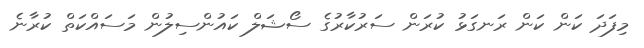
މިފަދަ ކަން ކަން ރަނގަޅު ކުރަން ސަރުކާރުގެ ސޯޝަލް ކައުންސިލުން މަސައްކަތް ކުރާނެ